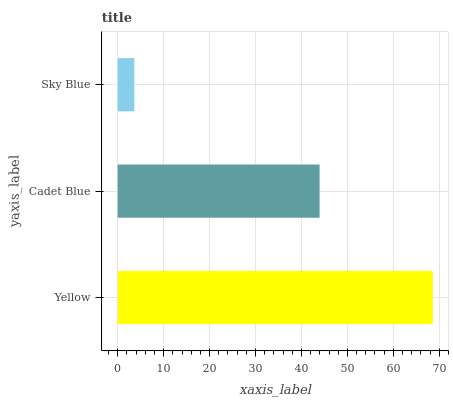
| yaxis_label | bars |
 | --- | --- |
 | Yellow | 68.6 |
 | Cadet Blue | 44 |
 | Sky Blue | 3.62 |